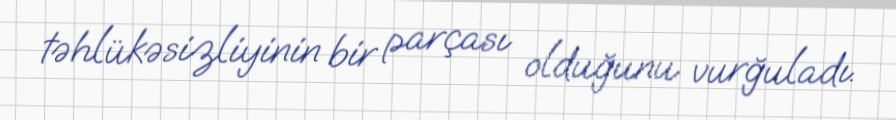
təhlükəsizliyinin bir parçası olduğunu vurğuladı.